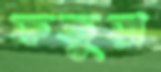
ফতুয়া